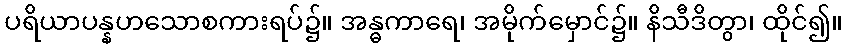
ပရိယာပန္နဟသောစကားရပ်၌။ အန္ဓကာရေ၊ အမိုက်မှောင်၌။ နိသီဒိတွာ၊ ထိုင်၍။